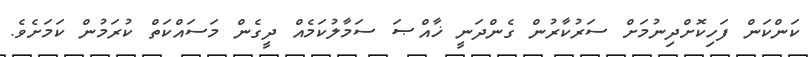
ކަންކަން ފަހިކޮށްދިނުމަށް ސަރުކާރުން ގެންދަނީ ޚާއްޞަ ސަމާލުކަމެއް ދީގެން މަސައްކަތް ކުރަމުން ކަމަށެވެ.